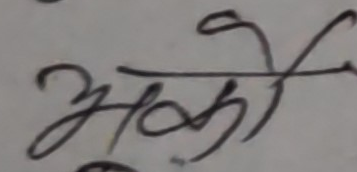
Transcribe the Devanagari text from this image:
भको